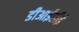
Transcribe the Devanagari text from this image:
डीआईसीई